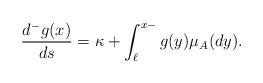
LaTeX: \begin{align*}\frac{d^-g(x)}{ds}=\kappa + \int_{\ell}^{x-} g(y)\mu_A(dy).\end{align*}